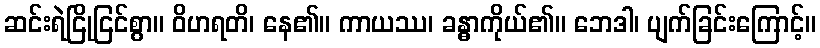
ဆင်းရဲငြိုငြင်စွာ။ ဝိဟရတိ၊ နေ၏။ ကာယဿ၊ ခန္ဓာကိုယ်၏။ ဘေဒါ၊ ပျက်ခြင်းကြောင့်။